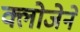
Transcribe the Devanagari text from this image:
क्लोजेने